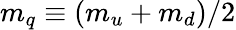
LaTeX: m_{q}\equiv(m_{u}+m_{d})/2